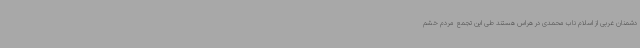
دشمنان غربی از اسلام ناب محمدی در هراس هستند طی این تجمع مردم خشم